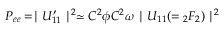
P _ { e e } = \mid U _ { 1 1 } ^ { \prime } \mid ^ { 2 } \simeq C ^ { 2 } \phi C ^ { 2 } \omega \mid U _ { 1 1 } ( = { } _ { 2 } F _ { 2 } ) \mid ^ { 2 }